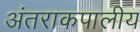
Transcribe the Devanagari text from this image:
अंतराकपालीय